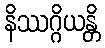
နိဿဂ္ဂိယန္တိ